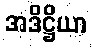
အဒိဋ္ဌိယာ